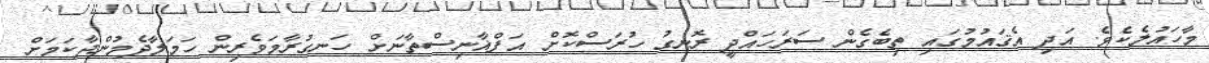
މާހައުލެކެވެ. އަދި އެޤައުމުގައި ތިބެގެން ސަރަހައްދީ ރޮނގު ހުރަސްކޮށް އަފްޣާނިސްތާނަށް ހަނގުރާމަވެރިން ހަމަލާދެމުންދާކަމަށް